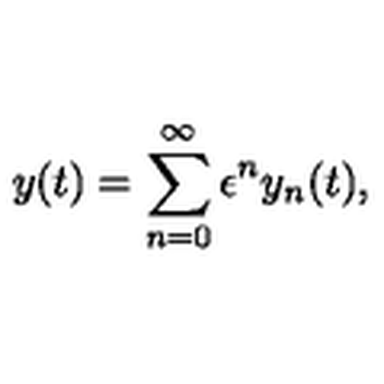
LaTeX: y ( t ) = \sum _ { n = 0 } ^ { \infty } \epsilon ^ { n } y _ { n } ( t ) ,